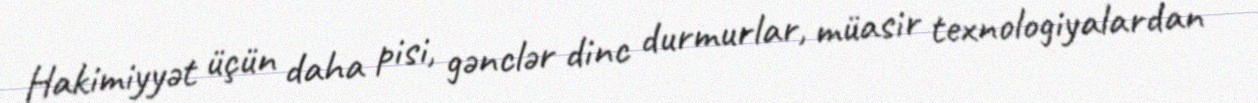
Hakimiyyət üçün daha pisi, gənclər dinc durmurlar, müasir texnologiyalardan